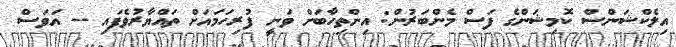
އިލެކްޝަންސް ކޮމިޝަންގެ ފަސް މެންބަރުން: އިންތިހާބަށް ވަނީ ފުރިހަމައަށް ތައްޔާރުވެފައި -- އަވަސް